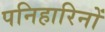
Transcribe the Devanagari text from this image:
पनिहारिनों